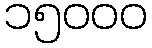
၁၅၀၀၀